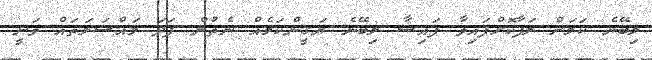
ލިބޭނެ ކަމަށް ލަފާކޮށްފައިވާ ފައިސާ ލިބޭނެ ޔަގީންކަމެއް ނެތުން ފަދަ މައްސަލަތައް ވަނީ